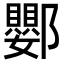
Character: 𨟙